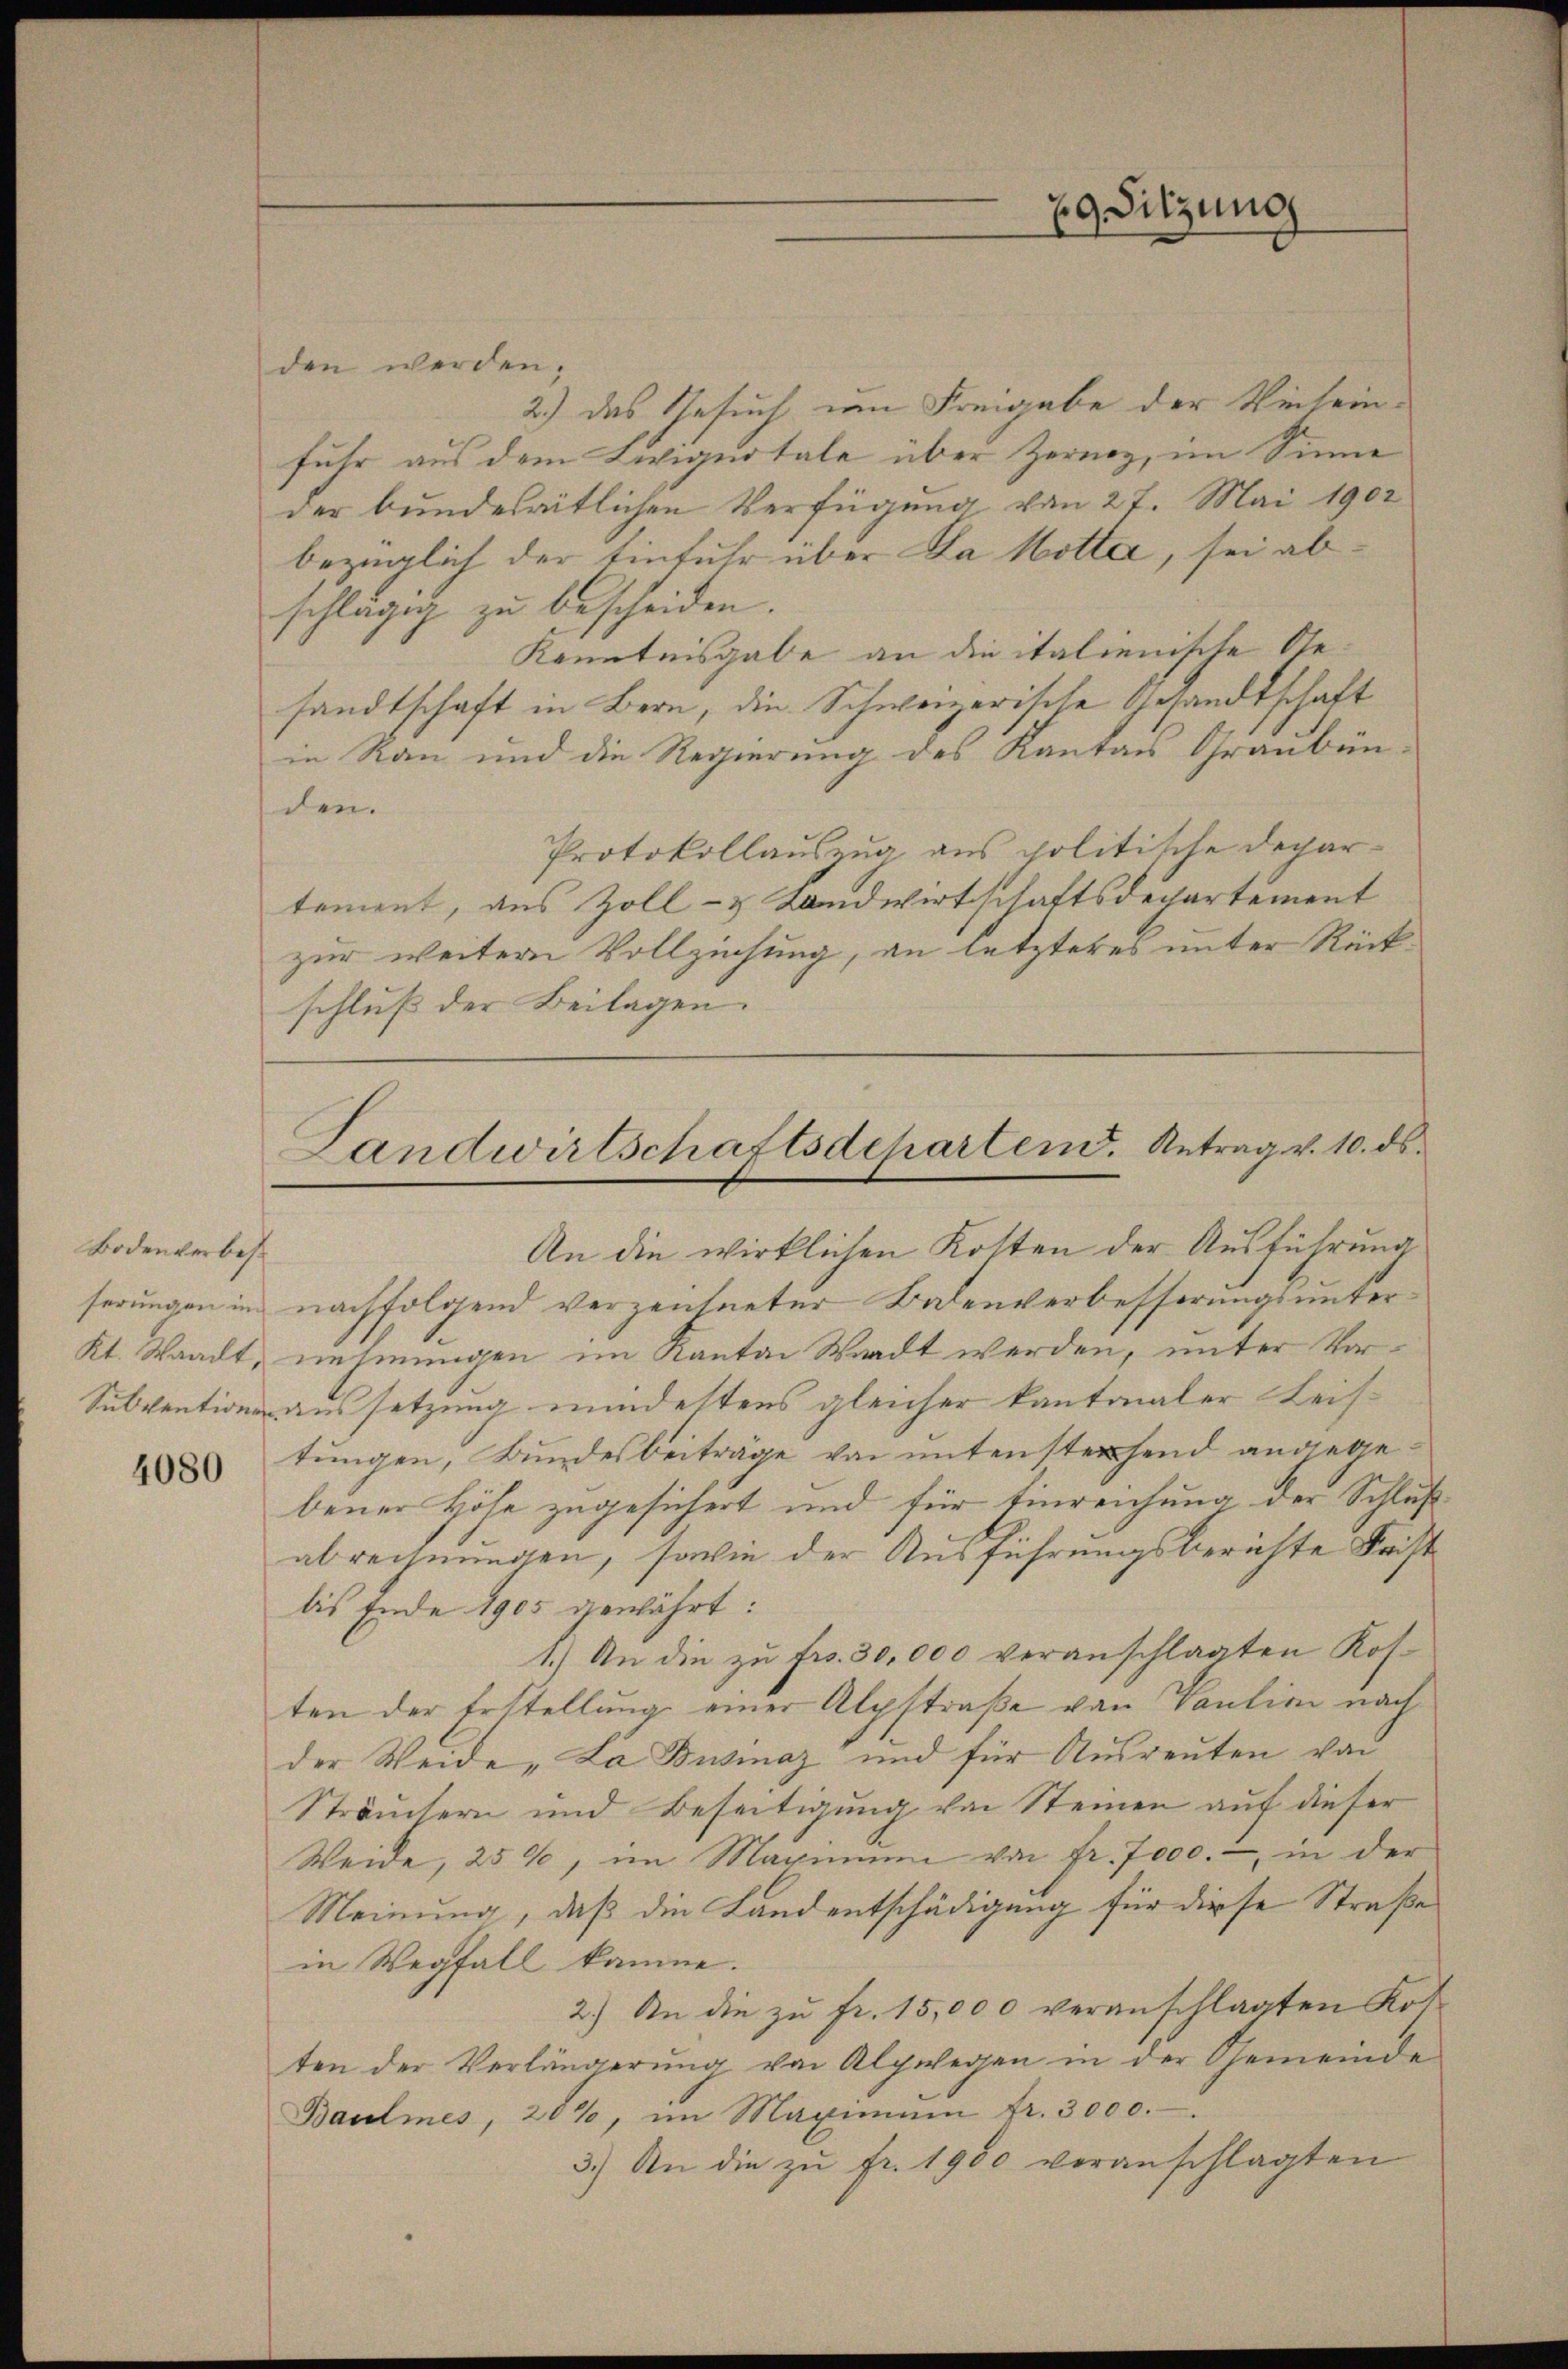
Bodenverbes¬

4080

29. Sitzung

den werden.
2.) das Gesuch um Freigabe der Verlein-
fuhr aus dem Liviquotale über Zernoz, im Sinne
der bundeseitlichen Verfügung von 27. Mai 1902
bezüglich der Einfuhr über Da Hotter, sei abschlägig zu bescheiden.
Kenntnisgabe an die italienische Gesandtschaft in Bern, die Schweizerische Gesandtschaft
in Raun und die Regierung des Kanton Graubünden.
Protokollauszug aus politische Departement, aus Zoll- & Landwirtschaftsdepartement
zur weitern Vollziehung, an letzteres unter Rückschluß der Beilagen.
An die wirklichen Kosten der Ausführung
serungen in nachfolgend verzeichneter Badenverbesserungsunterkt. Waadt, nehmungen im Kanton Waadt werden, unter Vor¬
Subvention aussetzung mindeltens gleicher kantonaler Leis-
tungen, Bundesbeiträge von untensterfend angegebener Höhe zugesichert und für Einreichung der Schluß
abrechnungen, sowie der Ausführungsberichte Frist
bis Ende 1905 gewährt:
1.) An die zu fr. 30,000 veranschlagten Kosten der Erstellung einer Alpstraße von Vaution nach
der Weide „La Businaz und für Ausreuten von
Sträuchern und Beseitigung von Steinen auf dieser
Weide, 259, im Maximum von fr. 7000.- in der
Meinung, daß die Landentschädigung für diese Straße
in Wegfall komme.
2.) An die zŭ fr. 15,000 veranschlagten Kor-
ten der Verlängerung von Alpwegen in der Gemeinde
Baumes, 20%, im Maximum fr. 3000.
3.) An die zŭ fr. 1900 veranschlagten

Landwirtschaftsdeparten. Antrag v. 10. ds.